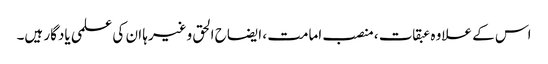
اس کے علاوہ عبقات ، منصب امامت ، ایضاح الحق وغیرہا ان کی علمی یادگار ہیں۔